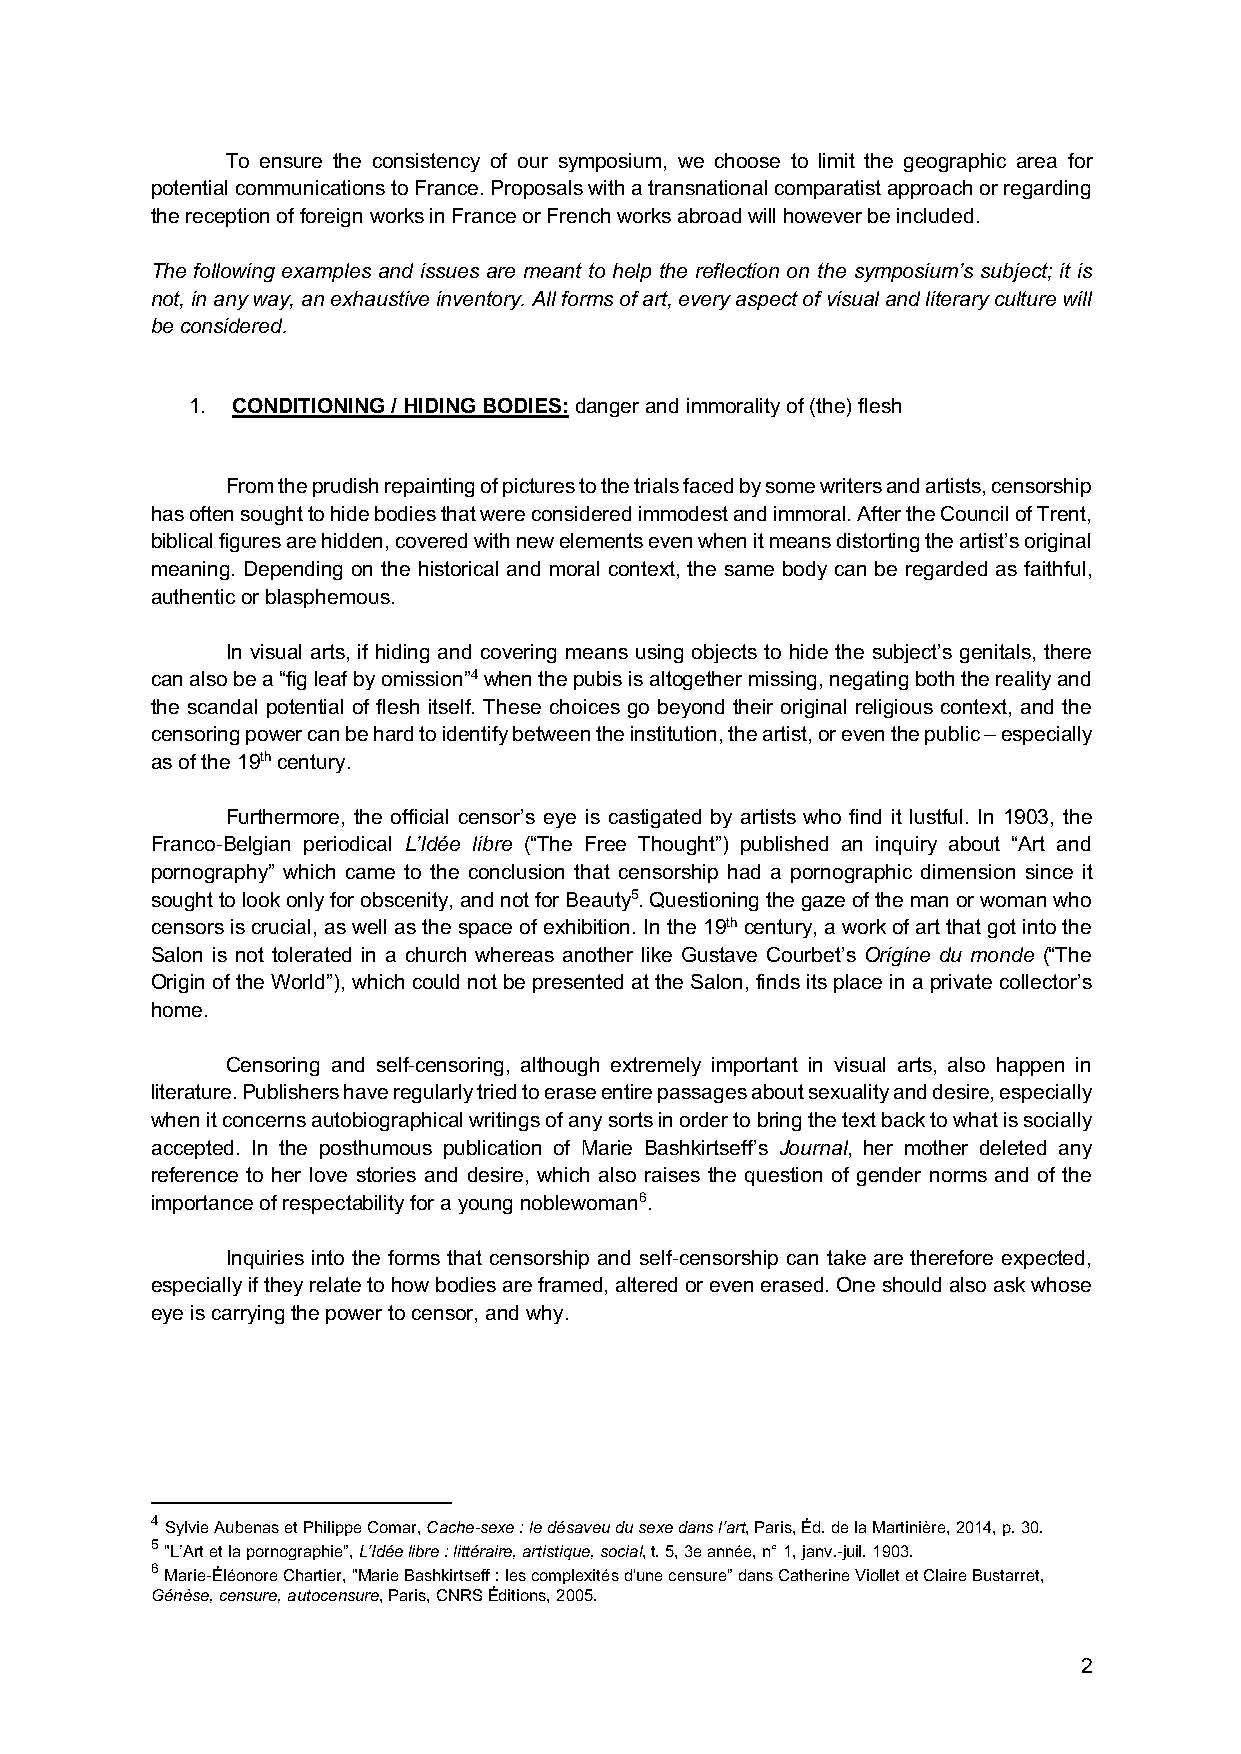
To ensure the consistency of our symposium, we choose to limit the geographic area for
 potential communications to France. Proposals with a transnational comparatist approach or regarding
 the reception of foreign works in France or French works abroad will however be included.
 The following examples and issues are meant to help the reflection on the symposium’s subject; it is
 not, in any way, an exhaustive inventory. All forms of art, every aspect of visual and literary culture will
 be considered.
 1. CONDITIONING / HIDING BODIES: danger and immorality of (the) flesh
 From the prudish repainting of pictures to the trials faced by some writers and artists, censorship
 has often sought to hide bodies that were considered immodest and immoral. After the Council of Trent,
 biblical figures are hidden, covered with new elements even when it means distorting the artist’s original
 meaning. Depending on the historical and moral context, the same body can be regarded as faithful,
 authentic or blasphemous.
 In visual arts, if hiding and covering means using objects to hide the subject’s genitals, there
 can also be a “fig leaf by omission”4 when the pubis is altogether missing, negating both the reality and
 the scandal potential of flesh itself. These choices go beyond their original religious context, and the
 censoring power can be hard to identify between the institution, the artist, or even the public – especially
 as of the 19th century.
 Furthermore, the official censor’s eye is castigated by artists who find it lustful. In 1903, the
 Franco-Belgian periodical L’Idée libre (“The Free Thought”) published an inquiry about “Art and
 pornography” which came to the conclusion that censorship had a pornographic dimension since it
 sought to look only for obscenity, and not for Beauty5. Questioning the gaze of the man or woman who
 censors is crucial, as well as the space of exhibition. In the 19th century, a work of art that got into the
 Salon is not tolerated in a church whereas another like Gustave Courbet’s Origine du monde (“The
 Origin of the World”), which could not be presented at the Salon, finds its place in a private collector’s
 home.
 Censoring and self-censoring, although extremely important in visual arts, also happen in
 literature. Publishers have regularly tried to erase entire passages about sexuality and desire, especially
 when it concerns autobiographical writings of any sorts in order to bring the text back to what is socially
 accepted. In the posthumous publication of Marie Bashkirtseff’s Journal, her mother deleted any
 reference to her love stories and desire, which also raises the question of gender norms and of the
 importance of respectability for a young noblewoman6.
 Inquiries into the forms that censorship and self-censorship can take are therefore expected,
 especially if they relate to how bodies are framed, altered or even erased. One should also ask whose
 eye is carrying the power to censor, and why.
 4 Sylvie Aubenas et Philippe Comar, Cache-sexe : le désaveu du sexe dans l’art, Paris, Éd. de la Martinière, 2014, p. 30.
 5 "L’Art et la pornographie”, L’Idée libre : littéraire, artistique, social, t. 5, 3e année, n° 1, janv.-juil. 1903.
 6 Marie-Éléonore Chartier, "Marie Bashkirtseff : les complexités d'une censure” dans Catherine Viollet et Claire Bustarret,
 Génèse, censure, autocensure, Paris, CNRS Éditions, 2005.
 2